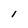
Character: 1